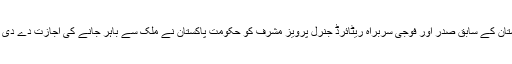
پاکستان کے سابق صدر اور فوجی سربراہ ریٹائرڈ جنرل پرویز مشرف کو حکومت پاکستان نے ملک سے باہر جانے کی اجازت دے دی ہے۔